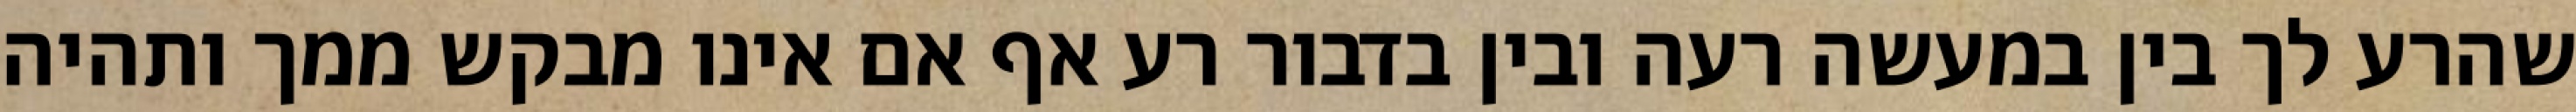
שהרע לך בין במעשה רעה ובין בדבור רע אף אם אינו מבקש ממך ותהיה